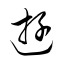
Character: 遊